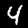
Label: 4